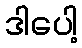
ဒါပေါ့